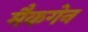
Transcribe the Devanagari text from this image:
मैकगेन